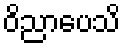
ဝိညာပေသိ